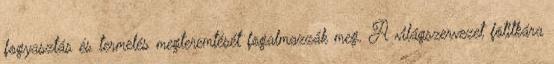
fogyasztás és termelés megteremtését fogalmazzák meg. A világszervezet fõtitkára